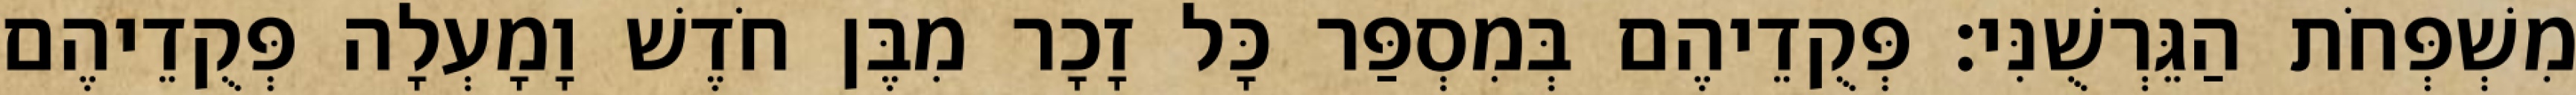
מִשְׁפְּחֹת הַגֵּרְשֻׁנִּי׃ פְּקֻדֵיהֶם בְּמִסְפַּר כָּל זָכָר מִבֶּן חֹדֶשׁ וָמָעְלָה פְּקֻדֵיהֶם